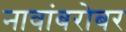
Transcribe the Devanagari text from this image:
नावांबरोबर